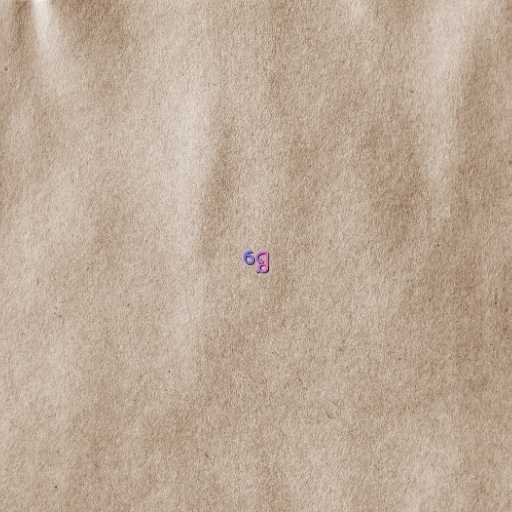
ရွှေ